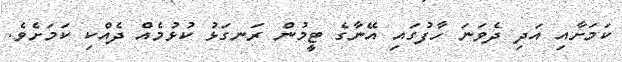
ކަމަށާއި އަދި ދެވަނަ ހާފުގައި އޭނާގެ ޓީމުން ރަނގަޅު ކުޅުމެއް ދެއްކި ކަމަށެެވެ.